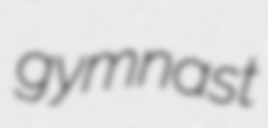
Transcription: gymnast